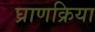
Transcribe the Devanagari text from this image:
घ्राणक्रिया